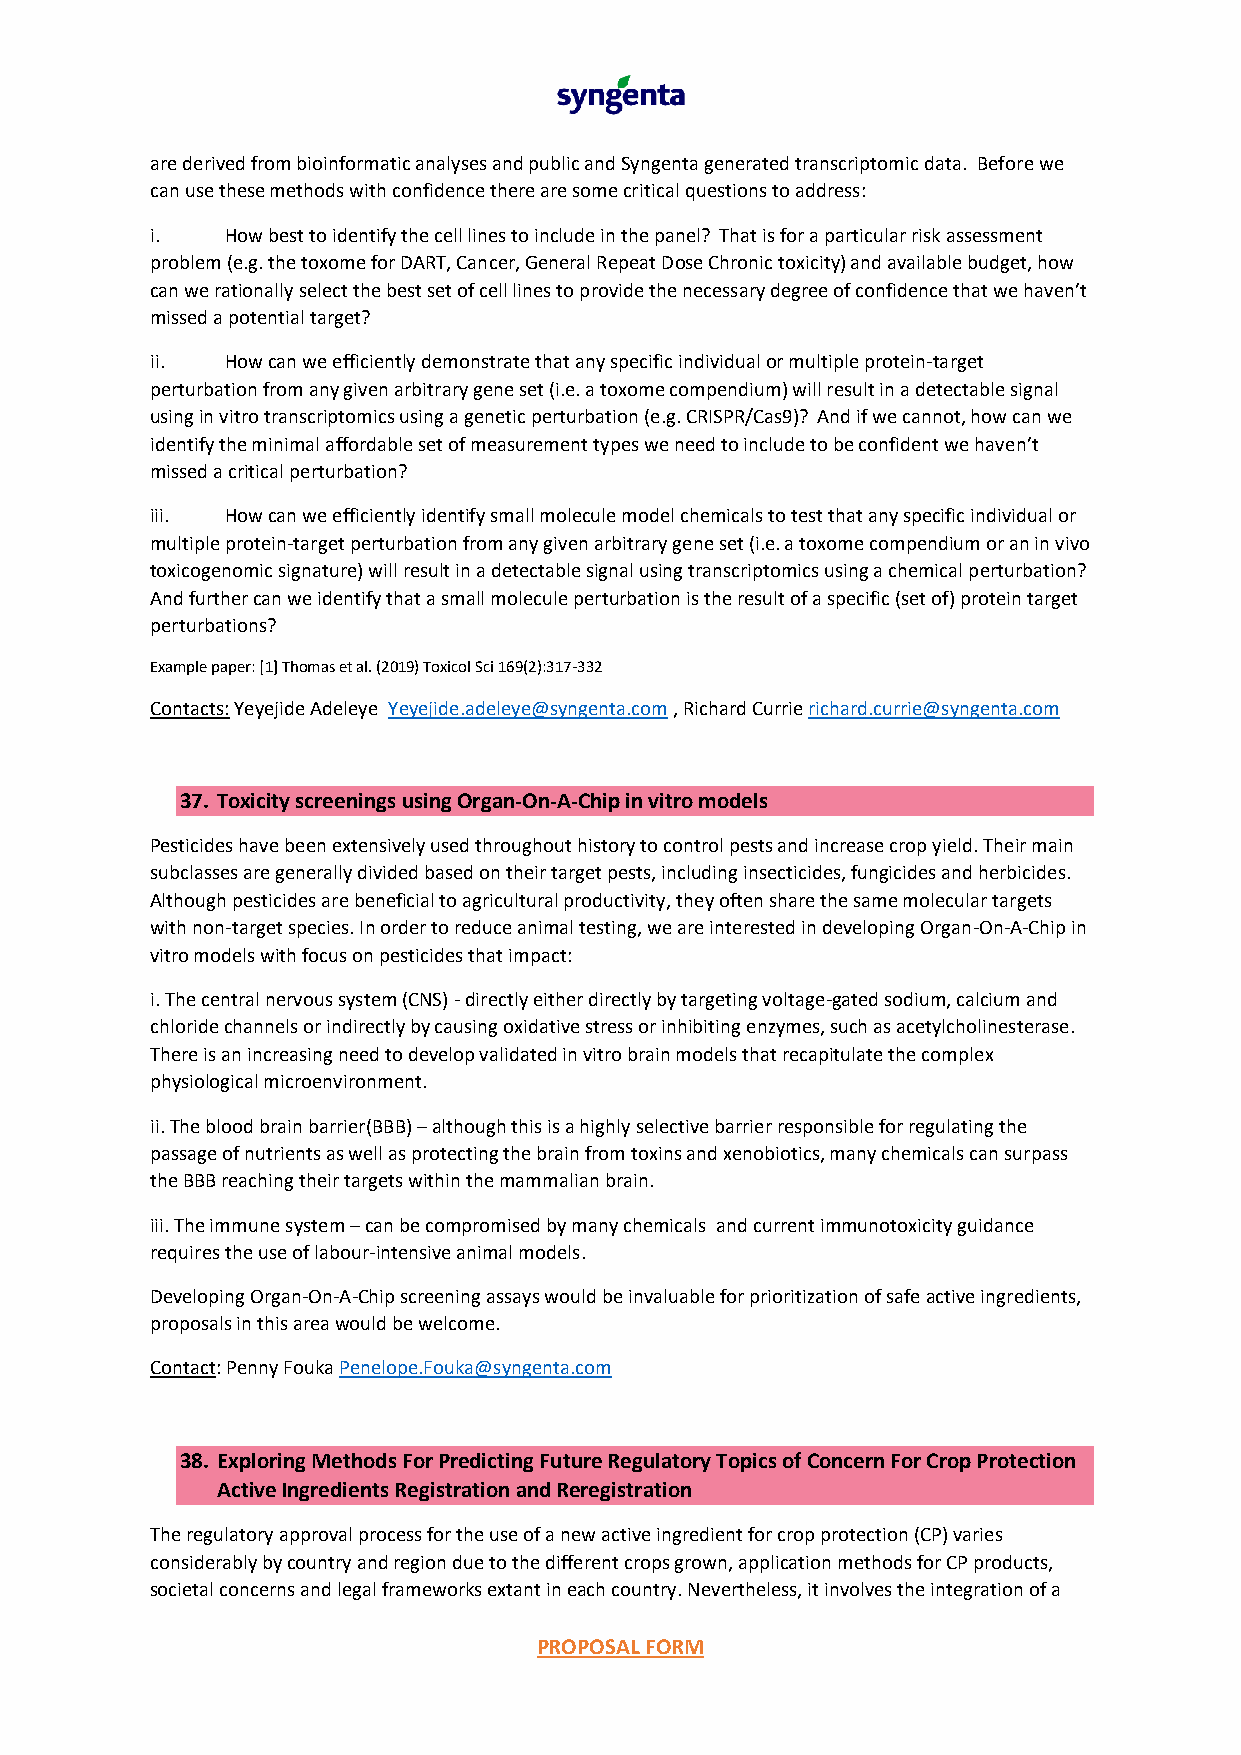
are derived from bioinformatic analyses and public and Syngenta generated transcriptomic data. Before we
 can use these methods with confidence there are some critical questions to address:
 i.   How best to identify the cell lines to include in the panel? That is for a particular risk assessment
 problem (e.g. the toxome for DART, Cancer, General Repeat Dose Chronic toxicity) and available budget, how
 can we rationally select the best set of cell lines to provide the necessary degree of confidence that we haven’t
 missed a potential target?
 ii.  How can we efficiently demonstrate that any specific individual or multiple protein-target
 perturbation from any given arbitrary gene set (i.e. a toxome compendium) will result in a detectable signal
 using in vitro transcriptomics using a genetic perturbation (e.g. CRISPR/Cas9)? And if we cannot, how can we
 identify the minimal affordable set of measurement types we need to include to be confident we haven’t
 missed a critical perturbation?
 iii. How can we efficiently identify small molecule model chemicals to test that any specific individual or
 multiple protein-target perturbation from any given arbitrary gene set (i.e. a toxome compendium or an in vivo
 toxicogenomic signature) will result in a detectable signal using transcriptomics using a chemical perturbation?
 And further can we identify that a small molecule perturbation is the result of a specific (set of) protein target
 perturbations?
 Example paper: [1] Thomas et al. (2019) Toxicol Sci 169(2):317-332
 Contacts: Yeyejide Adeleye Yeyejide.adeleye@syngenta.com , Richard Currie richard.currie@syngenta.com
 37. Toxicity screenings using Organ-On-A-Chip in vitro models
 Pesticides have been extensively used throughout history to control pests and increase crop yield. Their main
 subclasses are generally divided based on their target pests, including insecticides, fungicides and herbicides.
 Although pesticides are beneficial to agricultural productivity, they often share the same molecular targets
 with non-target species. In order to reduce animal testing, we are interested in developing Organ-On-A-Chip in
 vitro models with focus on pesticides that impact:
 i. The central nervous system (CNS) - directly either directly by targeting voltage-gated sodium, calcium and
 chloride channels or indirectly by causing oxidative stress or inhibiting enzymes, such as acetylcholinesterase.
 There is an increasing need to develop validated in vitro brain models that recapitulate the complex
 physiological microenvironment.
 ii. The blood brain barrier(BBB) – although this is a highly selective barrier responsible for regulating the
 passage of nutrients as well as protecting the brain from toxins and xenobiotics, many chemicals can surpass
 the BBB reaching their targets within the mammalian brain.
 iii. The immune system – can be compromised by many chemicals and current immunotoxicity guidance
 requires the use of labour-intensive animal models.
 Developing Organ-On-A-Chip screening assays would be invaluable for prioritization of safe active ingredients,
 proposals in this area would be welcome.
 Contact: Penny Fouka Penelope.Fouka@syngenta.com
 38. Exploring Methods For Predicting Future Regulatory Topics of Concern For Crop Protection
 Active Ingredients Registration and Reregistration
 The regulatory approval process for the use of a new active ingredient for crop protection (CP) varies
 considerably by country and region due to the different crops grown, application methods for CP products,
 societal concerns and legal frameworks extant in each country. Nevertheless, it involves the integration of a
 PROPOSAL FORM